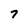
Character: 7